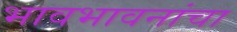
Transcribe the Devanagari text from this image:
भावभावनांचा